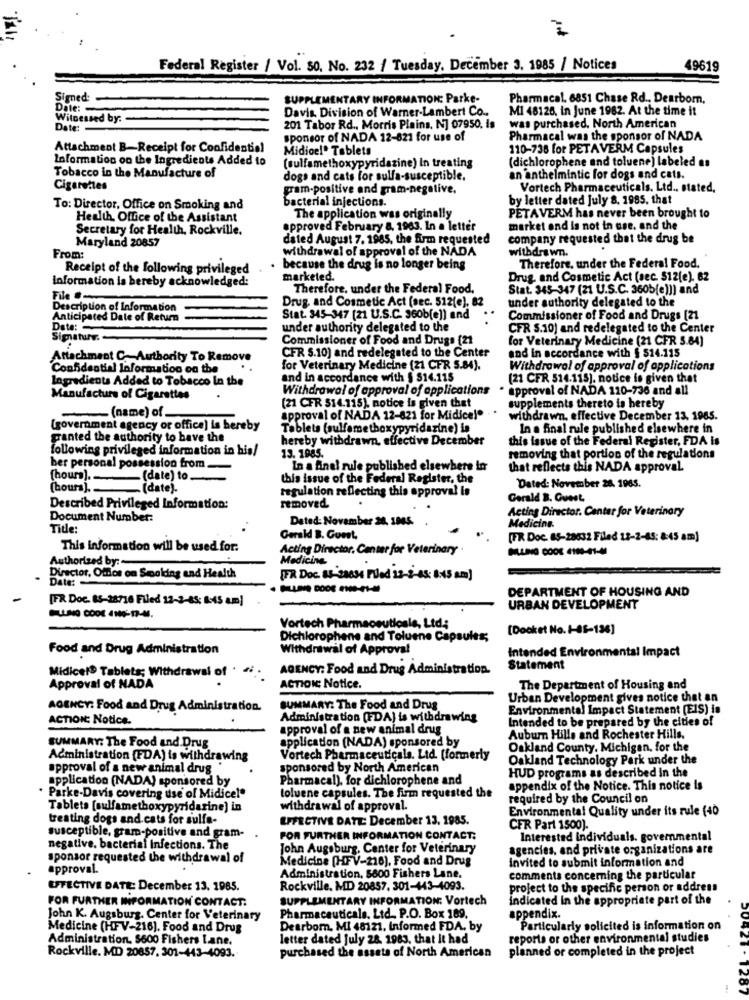
Federal Register / Vol. 50. No. 232 / Tuesday, December 3. 1985 / Notices
49619
Signed:
SUPPLEMENTARY INFORMATION: Parke-
Pharmacal. 6851 Chase Rd ., Dearborn,
Date :-
Davis. Division of Warner-Lambert Co ..
MI 48126, in June 1982. At the time it
Witnessed by:
Date:
201 Tabor Rd ., Morris Plains, N] 07950, Is
was purchased. North American
sponsor of NADA 12-821 for use of
Pharmacal was the sponsor of NADA
Attachment B-Receipt for Confidential
Midioel. Tablets
110-738 for PETAVERM Capsules
Information on the Ingredients Added to
(sulfamethoxypyridazine) in treating
(dichlorophene and toluene) labeled as
Tobacco in the Manufacture of
dogs and cats for sulfa-susceptible.
an anthelmintic for dogs and cats.
Cigarettes
gram-positive and gram-negative.
Vortech Pharmaceuticals. Ltd ., stated,
bacterial injections.
by letter dated July 8, 1985, that
To: Director, Office on Smoking and
Health Office of the Assistant
The application was originally
PETAVERM has never been brought to
Secretary for Health, Rockville.
approved February &. 1963. In a letter
market and is not in use. and the
Maryland 20857
dated August 7. 1985, the firm requested
company requested that the drug be
withdrawal of approval of the NADA
withdrawn.
From:
Receipt of the following privileged
because the drug is no longer being
Therefore. under the Federal Food.
information is bereby acknowledged:
marketed.
Drug. and Cosmetic Act (sec. 512(e). 62
Therefore, under the Federal Food.
Stat. 345-347 (21 U.S.C. 3605[e]]] and
Drug, and Cosmetic Act (sec. 512(e). 82
under authority delegated to the
Description of Information
Anticipated Date of Return
Stat. 345-347 (21 U.S.C. 360b[e]] and
Commissioner of Food and Drugs [21
Date:
under authority delegated to the
CFR S.10) and redelegated to the Center
Simaturr.
Commissioner of Food and Drugs (21
for Veterinary Medicine (21 CFR 5.84)
and in accordance with $ 514.115
Attachment C- Authority To Remove
CFR S.10) and redelegated to the Center
Confidential Information on the
for Veterinary Medicine (21 CFR 5.84).
Withdrawal of approval of applications
Ingredients Added to Tobacco In the
and in accordance with $ $14.115
(21 CFR 514.115). notice is given that
Withdrawal of approval of applications
approval of NADA 110-736 and all
Manufacture of Cigarettes
(21 CFR 514.115), notice is given that
supplements thereto is hereby
-(name) of
approval of NADA 12-821 for Midice!"
withdrawn. effective December 13. 1965.
(government agency or office) is hereby
Tablets (sulfamethoxypyridazine) is
In a final rule published elsewhere in
granted the authority to have the
hereby withdrawn, effective December
this issue of the Federal Register, FDA is
following privileged information in his/
13. 1985.
removing that portion of the regulations
her personal possession from
In a final rule published elsewhere in
that reflects this NADA approval.
[hours).
-(date) to.
this issue of the Federal Register, the
(hours).
(date).
regulation reflecting this approval is
Dated: November 26. 1963.
Gerald B. Guest,
Described Privileged Information:
removed.
Acting Director. Cantar for Veterinary
Document Number:
Dated: November 28. 1945.
Title:
Medicine.
Gerald B. Guest,
[TR Doc. 85-28632 Filed 12-2-45: 8:45 am)
This information will be used for:
Acting Director. Canter for Veterinary .
NLUNG CODE 4100-41-41
Authorized by:
Medicine
Director, Offlos on Smoking and Health
[FR Doc. 85-23634 FVed 12-2-45: 8:45 am]
DEPARTMENT OF HOUSING AND
[FR Doc. 85-28716 Filed 12-3-85: 0:45 am]
URBAN DEVELOPMENT
Vortech Pharmaceuticals, Ltd .:
[Docket No. 1-5-136]
Dichlorophene and Toluene Capsules;
Food and Drug Administration
Withdrawal of Approval
Intended Environmental Impact
Midicel® Tablets; Withdrawal of
AGENCY: Food and Drug Administration.
Statement
Approval of NADA
ACTION Notice.
The Department of Housing and
Urban Development gives notice that an
AGENCY: Food and Drug Administration.
SUMMARY: The Food and Drug
Environmental Impact Statement (EIS) is
ACTION: Notice.
Administration (FDA) is withdrawing
Intended to be prepared by the cities of
approval of a new animal drug
SUMMARY: The Food and Drug
application (NADA) sponsored by
Auburn Hills and Rochester Hills.
Oakland County, Michigan, for the
Administration (FDA) is withdrawing
Vortech Pharmaceuticals. Ltd. (formerly
Oakland Technology Park under the
approval of a new animal drug
sponsored by North American
HUD programs as described in the
application (NADA) sponsored by
Pharmacal), for dichlorophene and
appendix of the Notice. This notice is
. Parke-Davis covering use of Midice!"
toluene capsules. The firm requested the
required by the Council on
Tablets [sulfamethoxypyridarine) in
withdrawal of approval.
Environmental Quality under its rule (40
treating dogs and cats for sulfa-
EFFECTIVE DATE: December 13, 1985.
CFR Part 1500).
susceptible, gram-positive and gram-
FOR FURTHER INFORMATION CONTACT;
Interested individuals. governmental
negative. bacterial Infections. The
John Augsburg, Center for Veterinary
agencies, and private organizations are
sponsor requested the withdrawal of
Medicine [HFV-216), Food and Drug
invited to submit information and
approval.
Administration, $800 Fishers Lane.
comments concerning the particular
EFFECTIVE DATE: December 13. 1985.
Rockville, MD 20857. 301-443-4093.
project to the specific person or address
FOR FURTHER INFORMATION CONTACT:
SUPPLEMENTARY INFORMATION: Vortech
indicated In the appropriate part of the
John K. Augsburg. Center for Veterinary
Pharmaceuticals. Ltd ., P.O. Box 169.
appendix.
Medicine (HFV-216), Food and Drug
Dearborn. MI 48121, Informed FDA, by
Particularly solicited is information on
Administration. $600 Fishers Lane.
letter dated July 28. 1983, that it had
reports or other environmental studies
planned or completed in the project
Rockville. MD 20857. 301-443-4093.
purchased the assets of North American